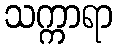
သက္ကာရာ